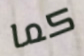
كما